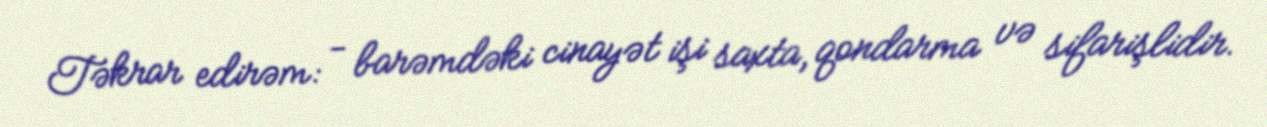
Təkrar edirəm: - barəmdəki cinayət işi saxta, qondarma və sifarişlidir.